Report of the Imperial Institute of Veterinary Research, Muktesar
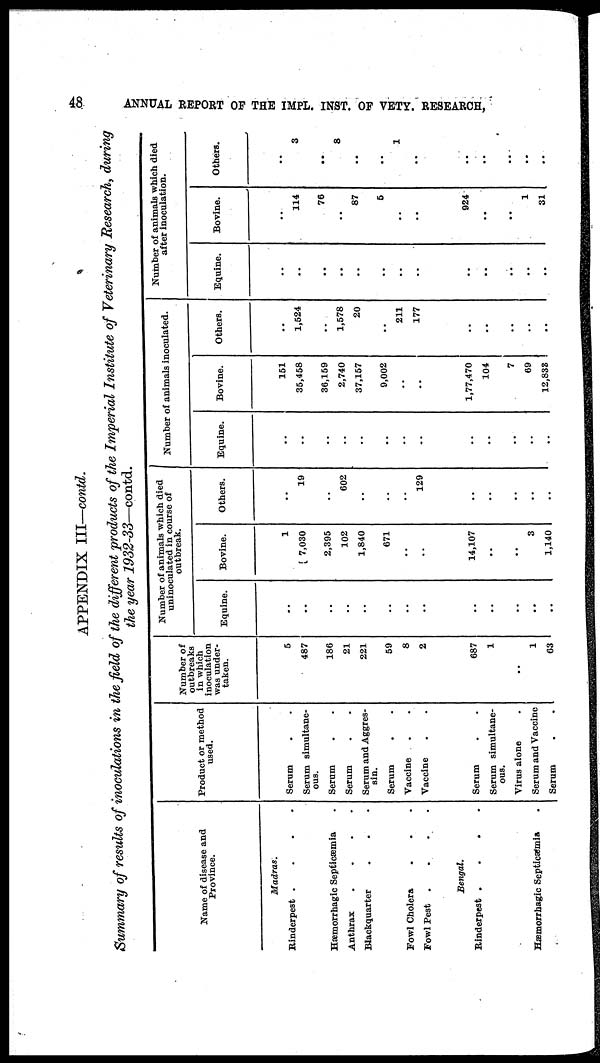
48
ANNUAL REPORT OF THE IMPL. INST. OF VETY. RESEARCH,
APPENDIX III—contd.
Summary of results of inoculations in the field of the different products of the Imperial Institute of Veterinary Research, during
the year 1932-33—contd.
Name of disease and
Province.
Madras.
Rinderpest
....
Hæmorrhagic Septicæmia
Anthrax
....
Blackquarter
Fowl Cholera
Fowl Pest
....
Bengal.
Rinderpest
....
Hæmorrhagic Septicæmia
Product or method
used.
Serum
Serum simultane-
ous.
Serum
Serum
Serum and Aggres¬
sin.
Serum
Vaccine
Vaccine
Serum
Serum simultane-
ous.
Virus alone
Serum and Vaccine
Serum
Number of
outbreaks
in which
inoculation
was under-
taken.
5
487
186
21
221
59
8
2
687
1
1
63
Number of animals which died
uninoculated in course of
outbreak.
Equine.
..
..
..
..
..
..
..
..
..
..
Bovine.
1
7,030
2,395
102
1,840
671
..
..
14,107
3
1,140
Others.
..
19
602
..
..
129
Number of animals inoculated.
Equine.
..
..
..
..
..
..
..
..
..
Bovine.
151
35,458
36,159
2,740
37,157
9,002
..
..
1,77,470
104
7
69
12,838
Others.
..
1,524
..
1,578
20
..
211
177
Number of animals which died
after inoculation.
Equine.
..
..
..
..
..
..
..
..
..
..
..
Bovine.
..
114
76
..
87
5
..
..
924
1
31
Others.
..
3
..
8
..
..
1
..
..
..
..